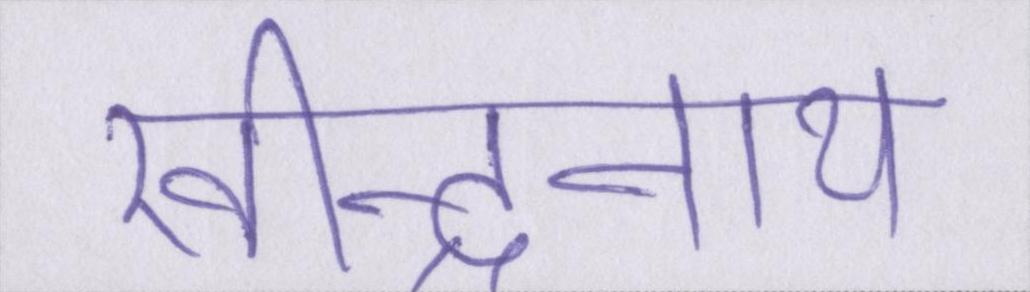
रवीन्द्रनाथ